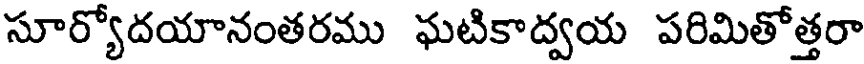
సూర్యోదయానంతరము ఘటికాద్వయ పరిమితోత్తరా